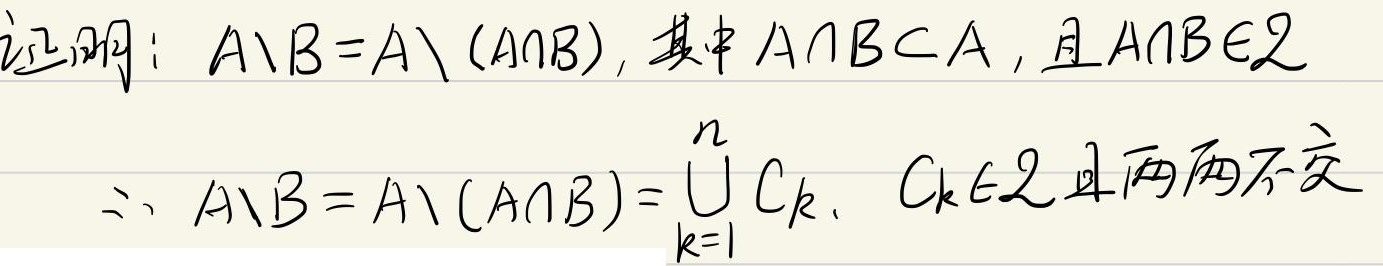
证明：\(A\setminus B = A\setminus (A\cap B)\)，其中\(A\cap B\subset A\)，且\(A\cap B\in\mathcal{Z}\)。
\(\therefore A\setminus B = A\setminus (A\cap B)=\bigcup_{k = 1}^{n} C_{k}\)，\(C_{k}\in\mathcal{Z}\)且两两不交